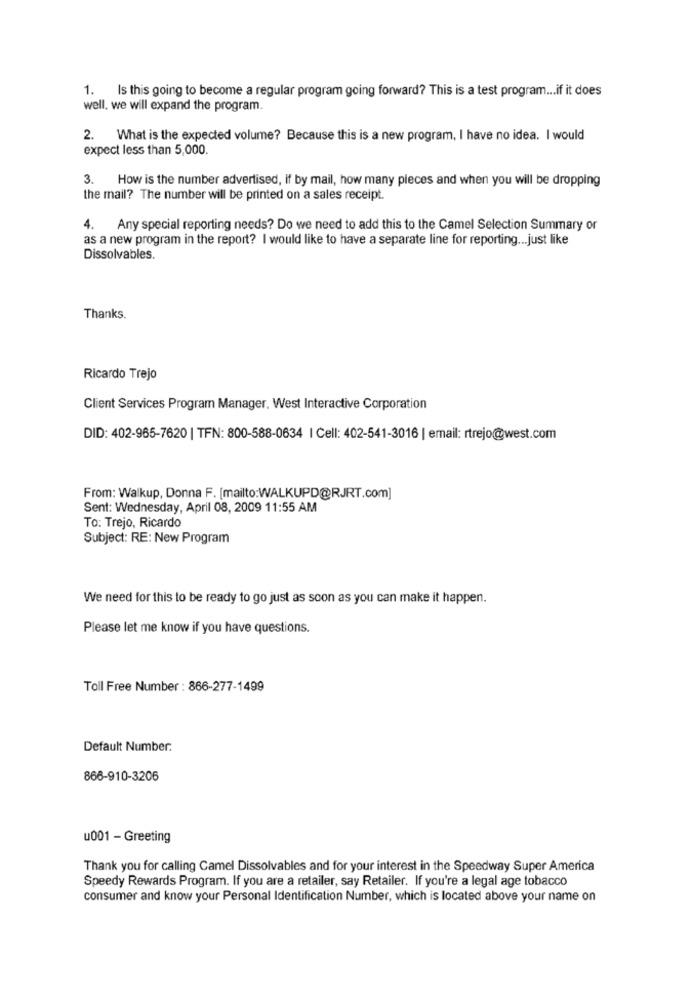
1. Is this going to become a regular program going forward? This is a test program ... if it does
well, we will expand the program.
2.
What is the expected volume? Because this is a new program, I have no idea. I would
expect less than 5,000.
3. How is the number advertised, if by mail, how many pieces and when you will be dropping
the mail? The number will be printed on a sales receipt.
4. Any special reporting needs? Do we need to add this to the Camel Selection Summary or
as a new program in the report? I would like to have a separate line for reporting ... just like
Dissolvables.
Thanks.
Ricardo Trejo
Client Services Program Manager, West Interactive Corporation
DID: 402-965-7620 | TFN: 800-588-0634 | Cell: 402-541-3016 | email: rtrejo@west.com
From: Walkup, Donna F. [mailto:WALKUPD@RJRT.com]
Sent: Wednesday, April 08, 2009 11:55 AM
To: Trejo, Ricardo
Subject: RE: New Program
We need for this to be ready to go just as soon as you can make it happen.
Please let me know if you have questions.
Toll Free Number : 866-277-1499
Default Number:
866-910-3206
u001 - Greeting
Thank you for calling Camel Dissolvables and for your interest in the Speedway Super America
Speedy Rewards Program. If you are a retailer, say Retailer. If you're a legal age tobacco
consumer and know your Personal Identification Number, which is located above your name on